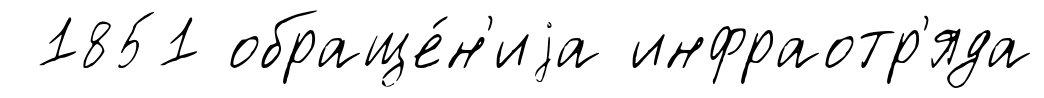
1851 обраще́н'иjа инфраотр'яда